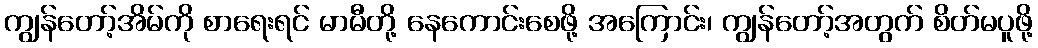
ကျွန်တော့်အိမ်ကို စာရေးရင် မာမီတို့ နေကောင်းစေဖို့ အကြောင်း၊ ကျွန်တော့်အတွက် စိတ်မပူဖို့